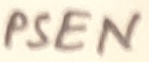
Text: PSEN